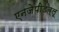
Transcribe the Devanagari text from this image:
एनजेपीडब्लू